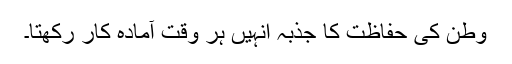
وطن کی حفاظت کا جذبہ انہیں ہر وقت آمادۂ کار رکھتا۔